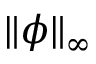
\| \phi \| _ { \infty }